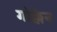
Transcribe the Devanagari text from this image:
गोक्केन